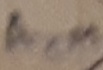
Text: ACM